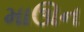
માઊન